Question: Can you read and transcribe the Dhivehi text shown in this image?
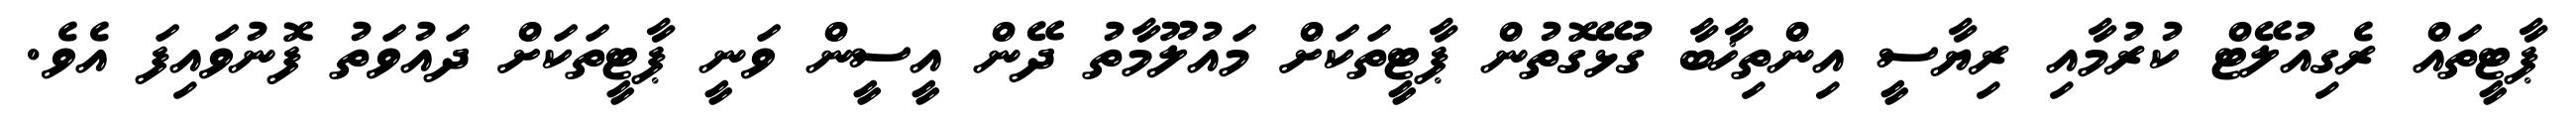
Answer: ޕާޓީތައް ރެގިއުލޭޓް ކުރުމާއި ރިޔާސީ އިންތިޚާބާ ގުޅޭގޮތުން ޕާޓީތަކަށް މައުލޫމާތު ދޭން އީސީން ވަނީ ޕާޓީތަކަށް ދައުވަތު ފޮނުވައިފަ އެވެ.